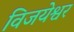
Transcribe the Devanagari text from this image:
विजयेश्वर